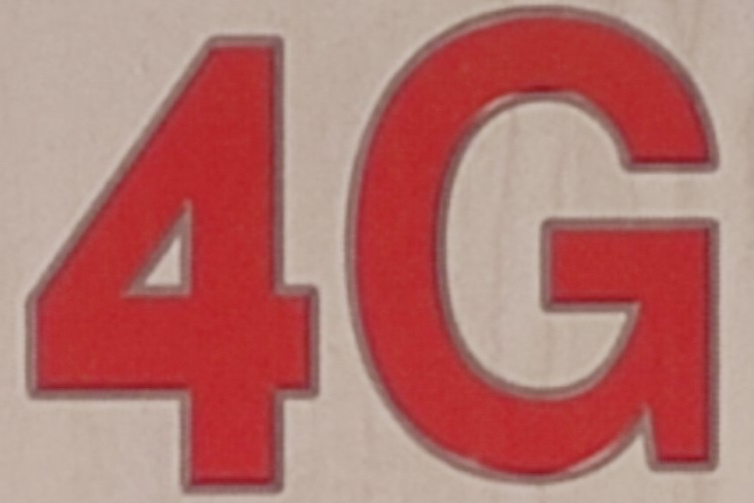
4G